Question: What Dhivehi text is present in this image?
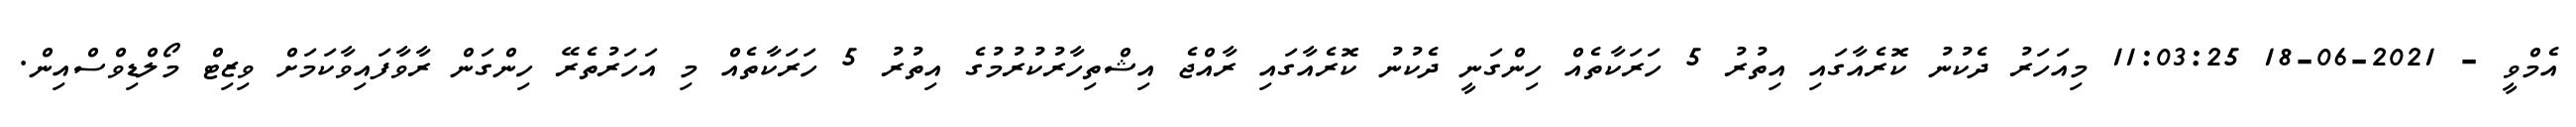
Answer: އެމްވީ - 2021-06-18 11:03:25 މިއަހަރު ދެކުނު ކޮރެއާގައި އިތުރު 5 ހަރަކާތެއް ހިންގަނީ ދެކުނު ކޮރެއާގައި ރާއްޖެ އިޝްތިހާރުކުރުމުގެ އިތުރު 5 ހަރަކާތެއް މި އަހަރުތެރޭ ހިންގަން ރާވާފައިވާކަމަށް ވިޒިޓް މޯލްޑިވްސްއިން.